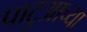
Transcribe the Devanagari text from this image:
पाटुआच्या